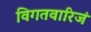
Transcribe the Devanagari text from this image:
विगतवारिजं